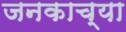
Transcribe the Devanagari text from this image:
जनकाच्या